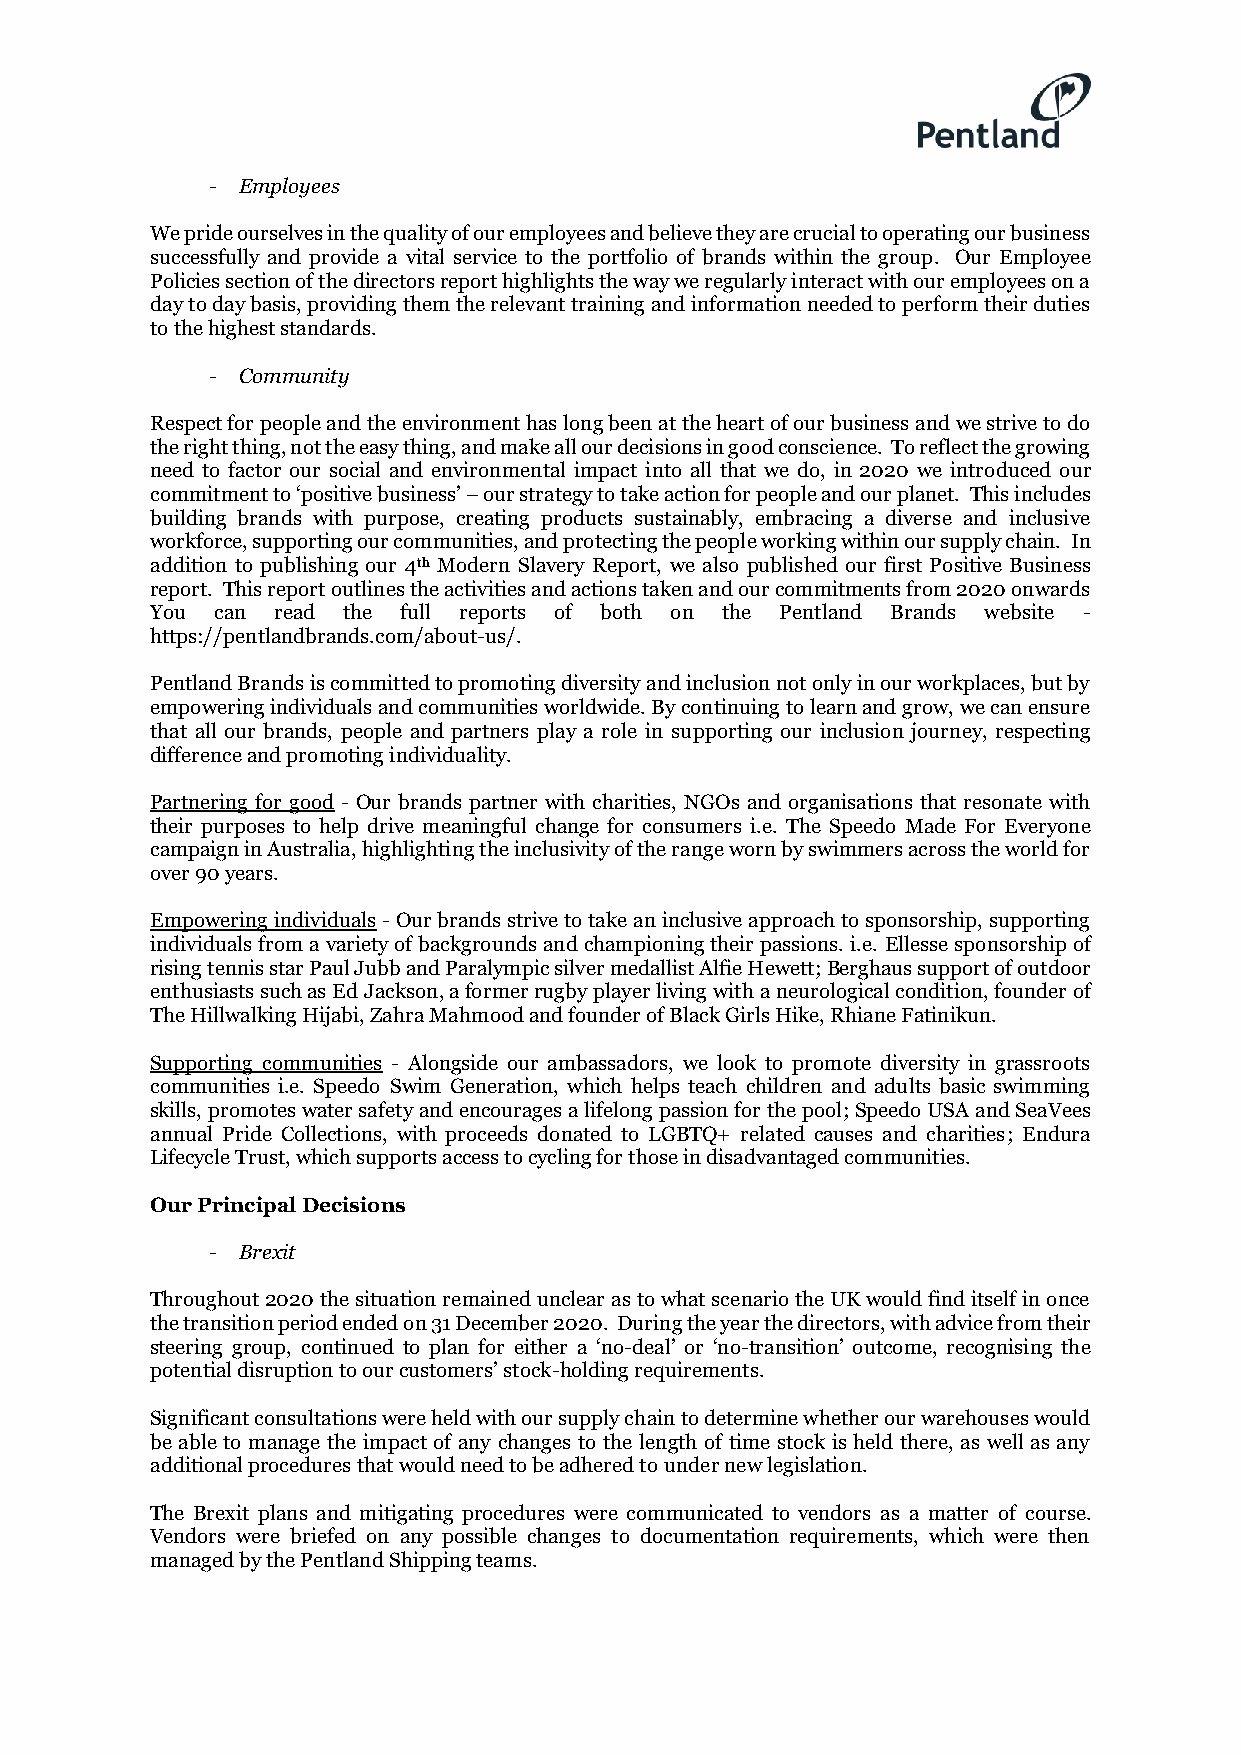
- Employees
 We pride ourselves in the quality of our employees and believe they are crucial to operating our business
 successfully and provide a vital service to the portfolio of brands within the group. Our Employee
 Policies section of the directors report highlights the way we regularly interact with our employees on a
 day to day basis, providing them the relevant training and information needed to perform their duties
 to the highest standards.
 - Community
 Respect for people and the environment has long been at the heart of our business and we strive to do
 the right thing, not the easy thing, and make all our decisions in good conscience. To reflect the growing
 need to factor our social and environmental impact into all that we do, in 2020 we introduced our
 commitment to ‘positive business’ – our strategy to take action for people and our planet. This includes
 building brands with purpose, creating products sustainably, embracing a diverse and inclusive
 workforce, supporting our communities, and protecting the people working within our supply chain. In
 addition to publishing our 4th Modern Slavery Report, we also published our first Positive Business
 report. This report outlines the activities and actions taken and our commitments from 2020 onwards
 You can read the full reports of both on the Pentland Brands website -
 https://pentlandbrands.com/about-us/.
 Pentland Brands is committed to promoting diversity and inclusion not only in our workplaces, but by
 empowering individuals and communities worldwide. By continuing to learn and grow, we can ensure
 that all our brands, people and partners play a role in supporting our inclusion journey, respecting
 difference and promoting individuality.
 Partnering for good - Our brands partner with charities, NGOs and organisations that resonate with
 their purposes to help drive meaningful change for consumers i.e. The Speedo Made For Everyone
 campaign in Australia, highlighting the inclusivity of the range worn by swimmers across the world for
 over 90 years.
 Empowering individuals - Our brands strive to take an inclusive approach to sponsorship, supporting
 individuals from a variety of backgrounds and championing their passions. i.e. Ellesse sponsorship of
 rising tennis star Paul Jubb and Paralympic silver medallist Alfie Hewett; Berghaus support of outdoor
 enthusiasts such as Ed Jackson, a former rugby player living with a neurological condition, founder of
 The Hillwalking Hijabi, Zahra Mahmood and founder of Black Girls Hike, Rhiane Fatinikun.
 Supporting communities - Alongside our ambassadors, we look to promote diversity in grassroots
 communities i.e. Speedo Swim Generation, which helps teach children and adults basic swimming
 skills, promotes water safety and encourages a lifelong passion for the pool; Speedo USA and SeaVees
 annual Pride Collections, with proceeds donated to LGBTQ+ related causes and charities; Endura
 Lifecycle Trust, which supports access to cycling for those in disadvantaged communities.
 Our Principal Decisions
 - Brexit
 Throughout 2020 the situation remained unclear as to what scenario the UK would find itself in once
 the transition period ended on 31 December 2020. During the year the directors, with advice from their
 steering group, continued to plan for either a ‘no-deal’ or ‘no-transition’ outcome, recognising the
 potential disruption to our customers’ stock-holding requirements.
 Significant consultations were held with our supply chain to determine whether our warehouses would
 be able to manage the impact of any changes to the length of time stock is held there, as well as any
 additional procedures that would need to be adhered to under new legislation.
 The Brexit plans and mitigating procedures were communicated to vendors as a matter of course.
 Vendors were briefed on any possible changes to documentation requirements, which were then
 managed by the Pentland Shipping teams.